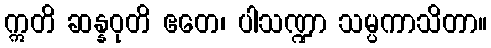
ဣတိ ဆန္နဝုတိ ဧတေ၊ ပါသဏ္ဍာ သမ္ပကာသိတာ။